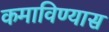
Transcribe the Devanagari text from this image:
कमाविण्यास